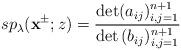
LaTeX: \begin{align*}sp_\lambda(\mathbf{x}^{\pm};z)=\frac{\det(a_{ij})^{n+1}_{i,j=1}}{\det{(b_{ij})^{n+1}_{i,j=1}}}\end{align*}